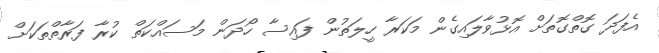
އެފަދަ ގޮތްގޮތަށް އޮޅުވާލައިގެން މަކަރާ ހީލަތުން ފައިސާ ހޯދަން މަސައްކަތް ކުރާ ފަރާތްތަކަށް